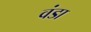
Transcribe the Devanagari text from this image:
वंडा